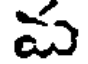
మ